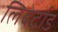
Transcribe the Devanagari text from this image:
लिबेर्टाड